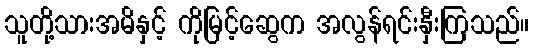
သူတို့သားအမိနှင့် ကိုမြင့်ဆွေက အလွန်ရင်းနှီးကြသည်။